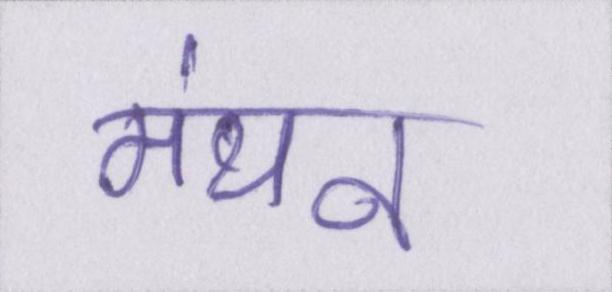
मंथन